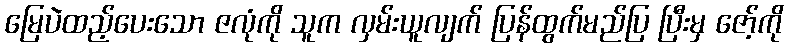
မြေပဲထည့်ပေးသော ဇလုံကို သူက လှမ်းယူလျက် ပြန်ထွက်မည်ပြ ပြီးမှ ဇော့်ကို